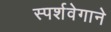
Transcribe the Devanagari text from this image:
स्पर्शवेगाने